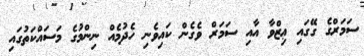
ސަމަރްގެ ގޭގައި ޢިޒްވާ އާއި ސަމަރް ވެގެން ކައިވެނި ހެދުމެއް ނިންމުގެ މަސައްކަތުގައި